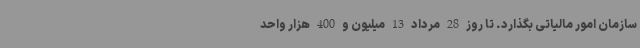
سازمان امور مالیاتی بگذارد. تا روز 28 مرداد 13 میلیون و 400 هزار واحد